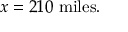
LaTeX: x = 2 1 0 \ { \mathrm { m i l e s } } .